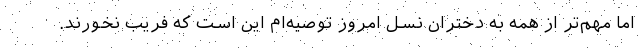
اما مهم‌تر از همه به دختران نسل امروز توصیه‌ام این است که فریب نخورند.